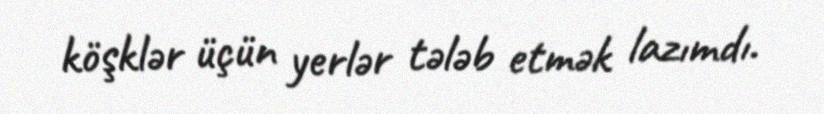
köşklər üçün yerlər tələb etmək lazımdı.